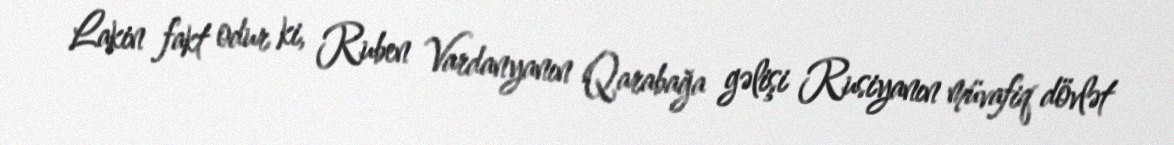
Lakin fakt odur ki, Ruben Vardanyanın Qarabağa gəlişi Rusiyanın müvafiq dövlət